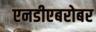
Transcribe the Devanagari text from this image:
एनडीएबरोबर